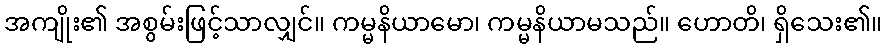
အကျိုး၏ အစွမ်းဖြင့်သာလျှင်။ ကမ္မနိယာမော၊ ကမ္မနိယာမသည်။ ဟောတိ၊ ရှိသေး၏။